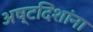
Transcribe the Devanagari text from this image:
अष्टदिशांना